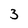
Character: 3